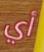
أي